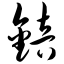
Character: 锫